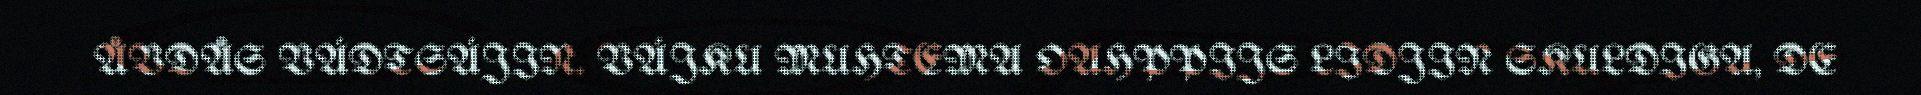
ÅVDÅS VÁDTSÁJIN. VÁJKU MUHTEMA OAHPPIJS LIDJIN SKULDIGA, DE